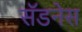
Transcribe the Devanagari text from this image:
सॅडनेस